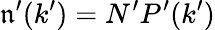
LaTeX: \mathfrak{n}^{\prime}(k^{\prime})=N^{\prime}P^{\prime}(k^{\prime})